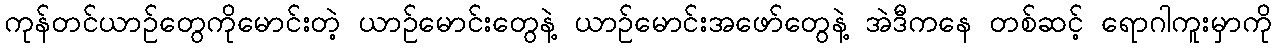
ကုန်တင်ယာဉ်တွေကိုမောင်းတဲ့ ယာဉ်မောင်းတွေနဲ့ ယာဉ်မောင်းအဖော်တွေနဲ့ အဲဒီကနေ တစ်ဆင့် ရောဂါကူးမှာကို